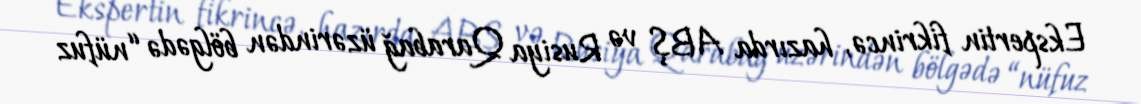
Ekspertin fikrincə, hazırda ABŞ və Rusiya Qarabağ üzərindən bölgədə “nüfuz